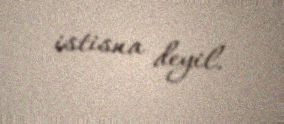
istisna deyil.